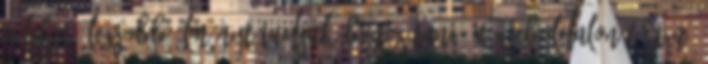
a lehető legjobb élményt tudjuk biztosítani. A weboldalon történő